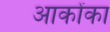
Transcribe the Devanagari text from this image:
आकोंका